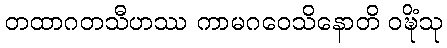
တထာဂတသီဟဿ ကာမဂဝေသိနောတိ ဝဍ္ဎိံသု